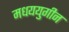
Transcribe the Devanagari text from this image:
मधययुगीन